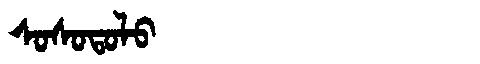
Manchu: ᠰᠣᠰᠣᡨᠣᠯᠣ
Romanization: SOSOTOLO